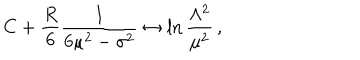
C + \frac { R } { 6 } \frac { 1 } { 6 \mu ^ { 2 } - \sigma ^ { 2 } } \leftrightarrow \ln \frac { \Lambda ^ { 2 } } { \mu ^ { 2 } } \, ,